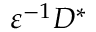
{ \varepsilon } ^ { - 1 } D ^ { * }